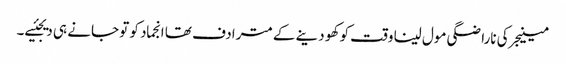
مینیجر کی ناراضگی مول لینا وقت کو کھو دینے کے مترادف تھا انجماد کو تو جانے ہی دیجئیے۔